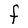
Character: F